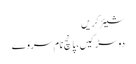
شیئر کریں
دو سڑکیں، پانچ نام سروے